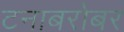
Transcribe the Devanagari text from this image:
टनाबरोबर